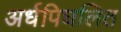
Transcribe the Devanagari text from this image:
अर्धपिघलित